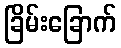
ခြိမ်းခြောက်